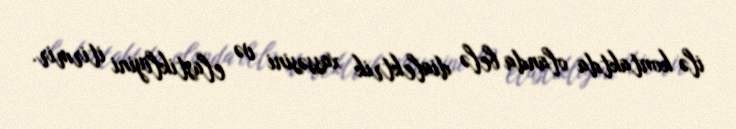
ilə kontaktda olanda belə dialektrik xassəsini və elastikliyini itirmir.